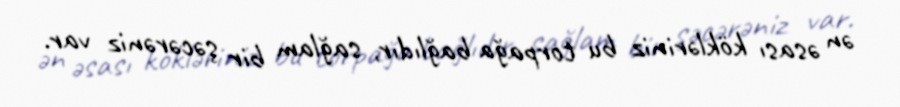
ən əsası kökləriniz bu torpağa bağlıdır, sağlam bir şəcərəniz var.